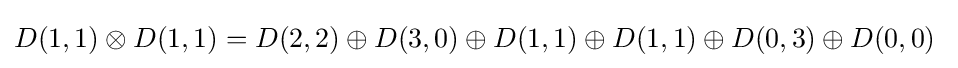
D(1,1)\otimes D(1,1)=D(2,2)\oplus D(3,0)\oplus D(1,1)\oplus D(1,1)\oplus D(0,3)\oplus D(0,0)~